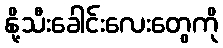
နို့သီးခေါင်းလေးတွေကို